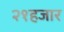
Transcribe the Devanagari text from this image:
२१हजार